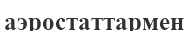
аэростаттармен